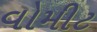
વોમીટ